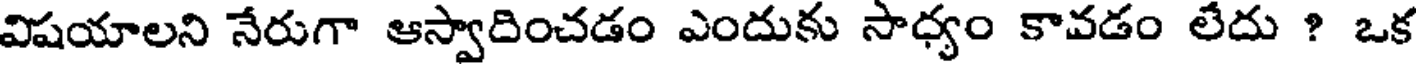
విషయాలని నేరుగా ఆస్వాదించడం ఎందుకు సాధ్యం కావడం లేదు ? ఒక